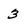
Character: 3